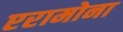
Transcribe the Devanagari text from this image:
एरामोना